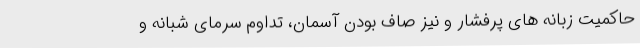
حاکمیت زبانه های پرفشار و نیز صاف بودن آسمان، تداوم سرمای شبانه و